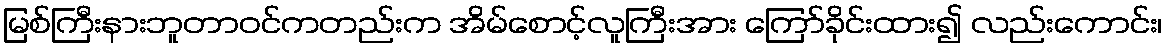
မြစ်ကြီးနားဘူတာဝင်ကတည်းက အိမ်စောင့်လူကြီးအား ကြော်ခိုင်းထား၍ လည်းကောင်း၊